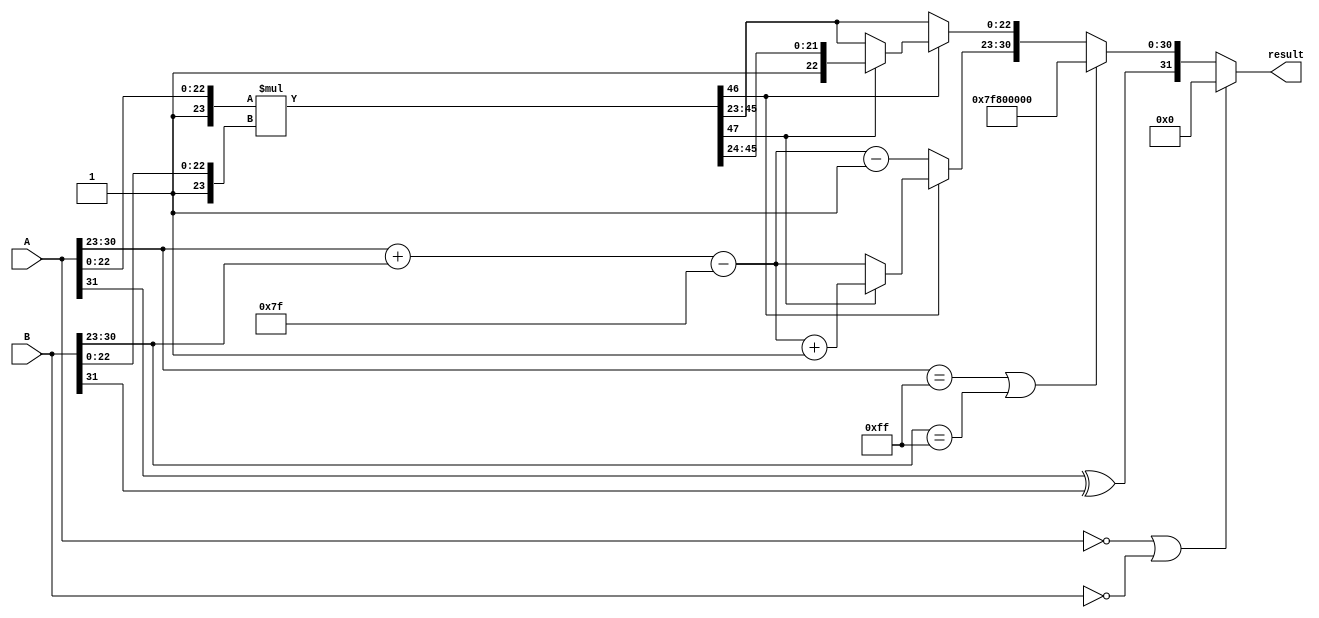
module floating_point_multiplier (
    input [31:0] A,  // 32-bit IEEE 754 single precision input A
    input [31:0] B,  // 32-bit IEEE 754 single precision input B
    output reg [31:0] result // 32-bit IEEE 754 single precision output
);

    wire sign_A = A[31];
    wire sign_B = B[31];
    wire [7:0] exp_A = A[30:23];
    wire [7:0] exp_B = B[30:23];
    wire [22:0] mant_A = A[22:0];
    wire [22:0] mant_B = B[22:0];

    wire [23:0] norm_mant_A = {1'b1, mant_A}; // Normalized mantissa A
    wire [23:0] norm_mant_B = {1'b1, mant_B}; // Normalized mantissa B

    wire [8:0] exp_result = (exp_A + exp_B) - 8'd127; // Calculate exponent result
    wire [47:0] mant_result = norm_mant_A * norm_mant_B; // Multiply mantissas

    reg [7:0] exp_final;
    reg [22:0] mant_final;
    reg sign_result;

    always @(*) begin
        // Determine the sign of the result
        sign_result = sign_A ^ sign_B;

        // Check for mantissa overflow (greater than 1.0)
        if (mant_result[47]) begin
            mant_final = mant_result[46:24]; // Shift right
            exp_final = exp_result + 1;
        end else begin
            mant_final = mant_result[45:23]; // Normalized
            exp_final = exp_result;
        end

        // Check for underflow (less than 1.0)
        if (!mant_result[46]) begin
            mant_final = mant_result[45:23]; // Shift left
            exp_final = exp_result - 1;
        end

        // Handle special cases: Zero, Inf, NaN (simplified)
        if (A == 32'b0 || B == 32'b0) begin
            result = 32'b0; // Zero case
        end else if (exp_A == 8'd255 || exp_B == 8'd255) begin
            result = {sign_result, 8'd255, 23'b0}; // Inf case
        end else begin
            result = {sign_result, exp_final[7:0], mant_final}; // Construct result
        end
    end

endmodule